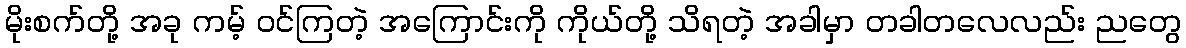
မိုးစက်တို့ အခု ကမ့် ဝင်ကြတဲ့ အကြောင်းကို ကိုယ်တို့ သိရတဲ့ အခါမှာ တခါတလေလည်း ညတွေ